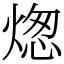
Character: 㷓